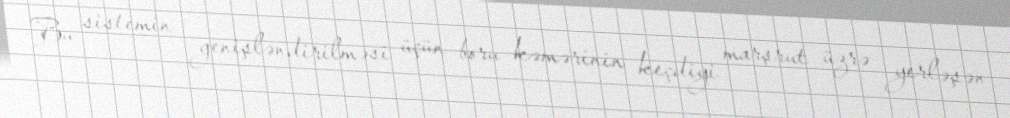
Bu sistemin genişləndirilməsi üçün boru kəmərinin keçdiyi marşrut üzrə yerləşən